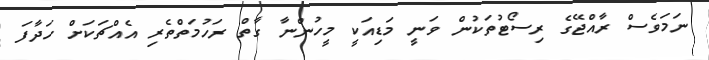
ނަމަވެސް ރާއްޖޭގެ ރިސޯޓުތަކުން ވަނީ މަޑިއަކީ މީހުންނާ ގާތް ރަހުމަތްތެރި އެއްޗަކަށް ހަދާފަ